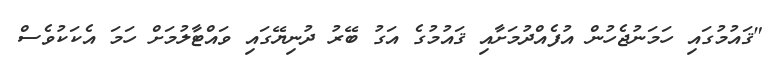
"ޤައުމުގައި ހަމަނުޖެހުން އުފެއްދުމަށާއި ޤައުމުގެ އަގު ބޭރު ދުނިޔޭގައި ވައްޓާލުމަށް ހަމަ އެކަކުވެސް